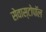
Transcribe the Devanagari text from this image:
सेवास्टोपॉल